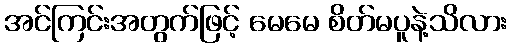
အင်ကြင်းအတွက်ဖြင့် မေမေ စိတ်မပူနဲ့သိလား